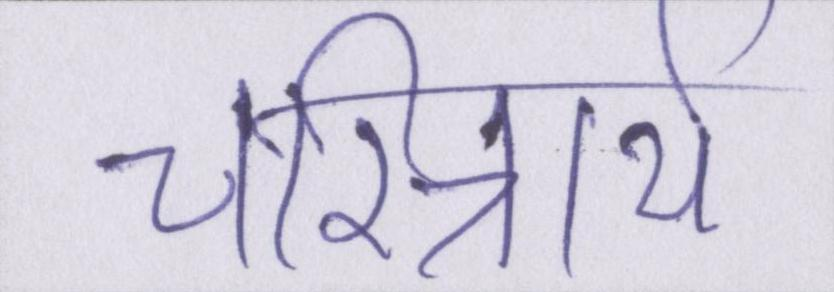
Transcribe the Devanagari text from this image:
चरित्रार्थ